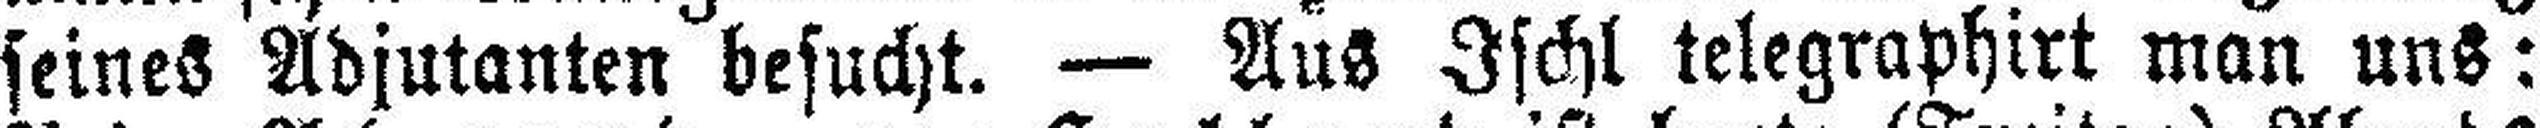
seines Adjutanten besucht. — Aus Ischl telegraphirt man uns: